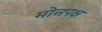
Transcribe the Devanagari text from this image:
मोनपक्ष